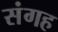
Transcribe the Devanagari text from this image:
संगह